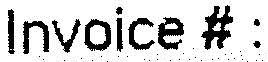
INVOICE # :